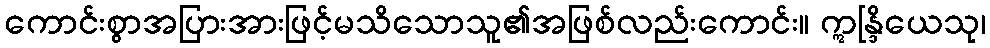
ကောင်းစွာအပြားအားဖြင့်မသိသောသူ၏အဖြစ်လည်းကောင်း။ ဣန္ဒြိယေသု၊